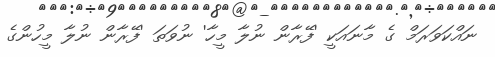
ނައްކަވަރަމް ގެ މާނައަކީ 'ފޭރާން ނުލާ މީހާ' ނުވަތަ 'ފޭރާން ނުލާ މީހުންގެ